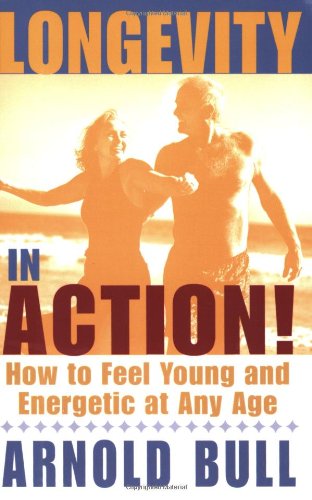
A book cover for Longevity in Action; Arnold Bull; Health, Fitness & Dieting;